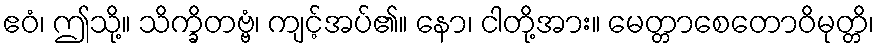
ဧဝံ၊ ဤသို့။ သိက္ခိတဗ္ဗံ၊ ကျင့်အပ်၏။ နော၊ ငါတို့အား။ မေတ္တာစေတောဝိမုတ္တိ၊